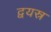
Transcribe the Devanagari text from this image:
द्वयस्र